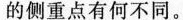
的侧重点有何不同。